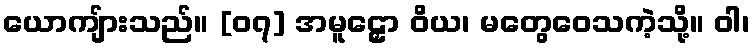
ယောကျ်ားသည်။ [၀၇] အမူဠှော ဝိယ၊ မတွေဝေသကဲ့သို့။ ဝါ၊